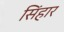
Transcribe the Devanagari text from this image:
सिंहार